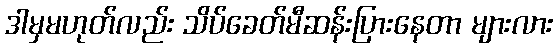
ဒါမှမဟုတ်လည်း သိပ်ခေတ်မီဆန်းပြားနေတာ များလား